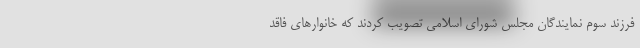
فرزند سوم نمایندگان مجلس شورای اسلامی تصویب کردند که خانوارهای فاقد